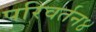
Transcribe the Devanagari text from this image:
परिवर्तन४